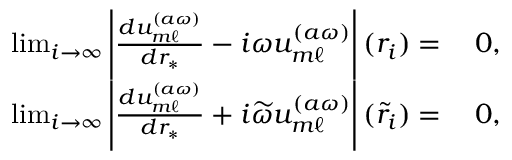
\begin{array} { r l } { \operatorname* { l i m } _ { i \to \infty } \left| \frac { d u _ { m \ell } ^ { ( a \omega ) } } { d r _ { * } } - i \omega u _ { m \ell } ^ { ( a \omega ) } \right| ( r _ { i } ) = } & { \: 0 , } \\ { \operatorname* { l i m } _ { i \to \infty } \left| \frac { d u _ { m \ell } ^ { ( a \omega ) } } { d r _ { * } } + i \widetilde { \omega } u _ { m \ell } ^ { ( a \omega ) } \right| ( \tilde { r } _ { i } ) = } & { \: 0 , } \end{array}